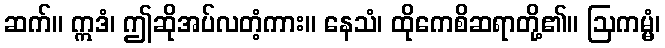
ဆက်။ ဣဒံ၊ ဤဆိုအပ်လတံ့ကား။ နေသံ၊ ထိုကေစိဆရာတို့၏။ ဩကမ္မံ၊